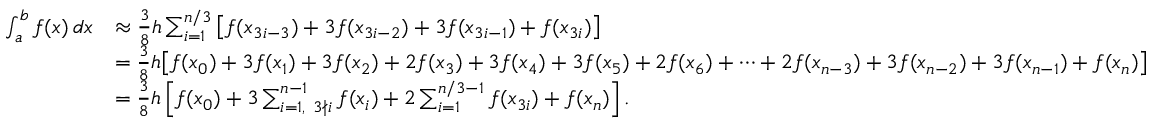
{ \begin{array} { r l } { \int _ { a } ^ { b } f ( x ) \, d x } & { \approx { \frac { 3 } { 8 } } h \sum _ { i = 1 } ^ { n / 3 } { \big [ } f ( x _ { 3 i - 3 } ) + 3 f ( x _ { 3 i - 2 } ) + 3 f ( x _ { 3 i - 1 } ) + f ( x _ { 3 i } ) { \big ] } } \\ & { = { \frac { 3 } { 8 } } h { \big [ } f ( x _ { 0 } ) + 3 f ( x _ { 1 } ) + 3 f ( x _ { 2 } ) + 2 f ( x _ { 3 } ) + 3 f ( x _ { 4 } ) + 3 f ( x _ { 5 } ) + 2 f ( x _ { 6 } ) + \dots + 2 f ( x _ { n - 3 } ) + 3 f ( x _ { n - 2 } ) + 3 f ( x _ { n - 1 } ) + f ( x _ { n } ) { \big ] } } \\ & { = { \frac { 3 } { 8 } } h \left[ f ( x _ { 0 } ) + 3 \sum _ { i = 1 , \ 3 \nmid i } ^ { n - 1 } f ( x _ { i } ) + 2 \sum _ { i = 1 } ^ { n / 3 - 1 } f ( x _ { 3 i } ) + f ( x _ { n } ) \right] . } \end{array} }